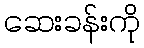
ဆေးခန်းကို